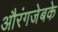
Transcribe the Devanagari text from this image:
औरंगजेबके